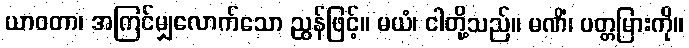
ယာဝတာ၊ အကြင်မျှလောက်သော ညွန်ဖြင့်။ မယံ၊ ငါတို့သည်။ မဏိံ၊ ပတ္တမြားကို။